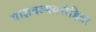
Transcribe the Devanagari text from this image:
याज्ञवल्क्यसंहिता